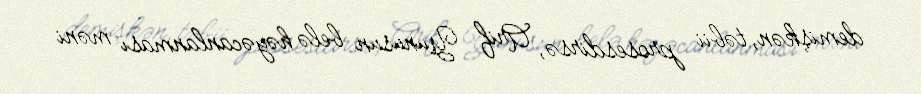
demişkən, təbii prosesdirsə, Arif Yunusun belə həyəcanlanması məni